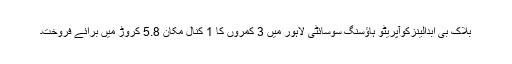
بلاک بی ابدالینزکوآپریٹو ہاؤسنگ سوسائٹی لاہور میں 3 کمروں کا 1 کنال مکان 5.8 کروڑ میں برائے فروخت۔